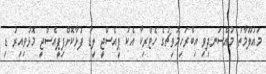
މައުލޫމާތު މުއްސަނދިވި އިބްރަހިމޮވިޗުގެ ހެޓްރިކާ އެކު ޕީއެސްޖީ ލީޑު ފުޅާކޮށްފިޕީއެސްޖީ މޮޅުވިއިރު ޑި